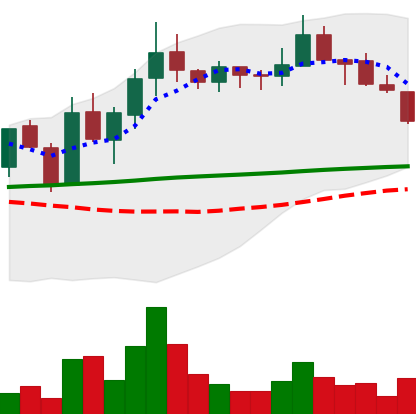
Ticker: LINK-USD
Chart end date: 2019-01-27
Forward return: -3.34%
Label: down_3_5